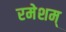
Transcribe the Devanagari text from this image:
रमेशम्